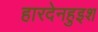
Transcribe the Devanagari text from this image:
हारदेनहुइश